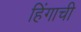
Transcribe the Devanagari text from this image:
हिंगाची